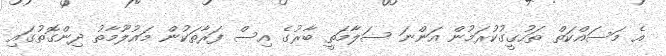
އެ މަސައްކަތް ތަހުގީގުކުރަމުން އަންނަ ސަލާމަތީ ބާރުގެ އިސް ފަރާތަކުން މައުލޫމާތު ދިންގޮތުގައި